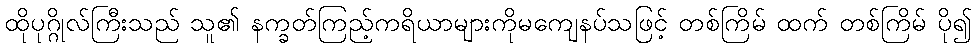
ထိုပုဂ္ဂိုလ်ကြီးသည် သူ၏ နက္ခတ်ကြည့်ကရိယာများကိုမကျေနပ်သဖြင့် တစ်ကြိမ် ထက် တစ်ကြိမ် ပို၍